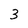
Character: 3